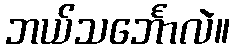
ဘယ်သင်္ဘောလဲ။